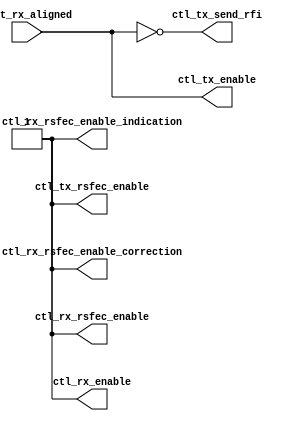
//===================================================================================================
//                            ------->  Revision History  <------
//===================================================================================================
//
//   Date     Who   Ver  Changes
//===================================================================================================
// 29-Feb-23  DWW  1000  Initial creation
//===================================================================================================

module cmac_control # (parameter RSFEC = 1)
(
    (* X_INTERFACE_INFO = "xilinx.com:*:rs_fec_ports:2.0 rs_fec ctl_rx_rsfec_enable" *)
    output ctl_rx_rsfec_enable,
    
    (* X_INTERFACE_INFO = "xilinx.com:*:rs_fec_ports:2.0 rs_fec ctl_rx_rsfec_enable_correction" *)
    output ctl_rx_rsfec_enable_correction,

    (* X_INTERFACE_INFO = "xilinx.com:*:rs_fec_ports:2.0 rs_fec ctl_rx_rsfec_enable_indication" *)
    output ctl_rx_rsfec_enable_indication,

    (* X_INTERFACE_INFO = "xilinx.com:*:rs_fec_ports:2.0 rs_fec ctl_tx_rsfec_enable" *)
    output ctl_tx_rsfec_enable,

    (* X_INTERFACE_INFO = "xilinx.com:*:ctrl_ports:2.0 ctl_tx ctl_enable" *)
    output ctl_tx_enable, 

    (* X_INTERFACE_INFO = "xilinx.com:*:ctrl_ports:2.0 ctl_tx ctl_tx_send_rfi" *)
    output ctl_tx_send_rfi,

    (* X_INTERFACE_INFO = "xilinx.com:*:ctrl_ports:2.0 ctl_rx ctl_enable" *)
    output ctl_rx_enable,

    // This comes from the stat_rx interface of the CMAC
    input      stat_rx_aligned
);


//=============================================================================
// The tx_enable and "send remote fault indicator" depend on whether or not
// PCS alignment has been acheived
//=============================================================================
assign ctl_rx_enable   = 1;
assign ctl_tx_enable   = stat_rx_aligned;
assign ctl_tx_send_rfi = ~stat_rx_aligned;
//=============================================================================


//=============================================================================
// Enable or disable forward error correction
//=============================================================================
assign ctl_rx_rsfec_enable            = RSFEC;
assign ctl_rx_rsfec_enable_correction = RSFEC;
assign ctl_rx_rsfec_enable_indication = RSFEC;
assign ctl_tx_rsfec_enable            = RSFEC;
//=============================================================================


endmodule